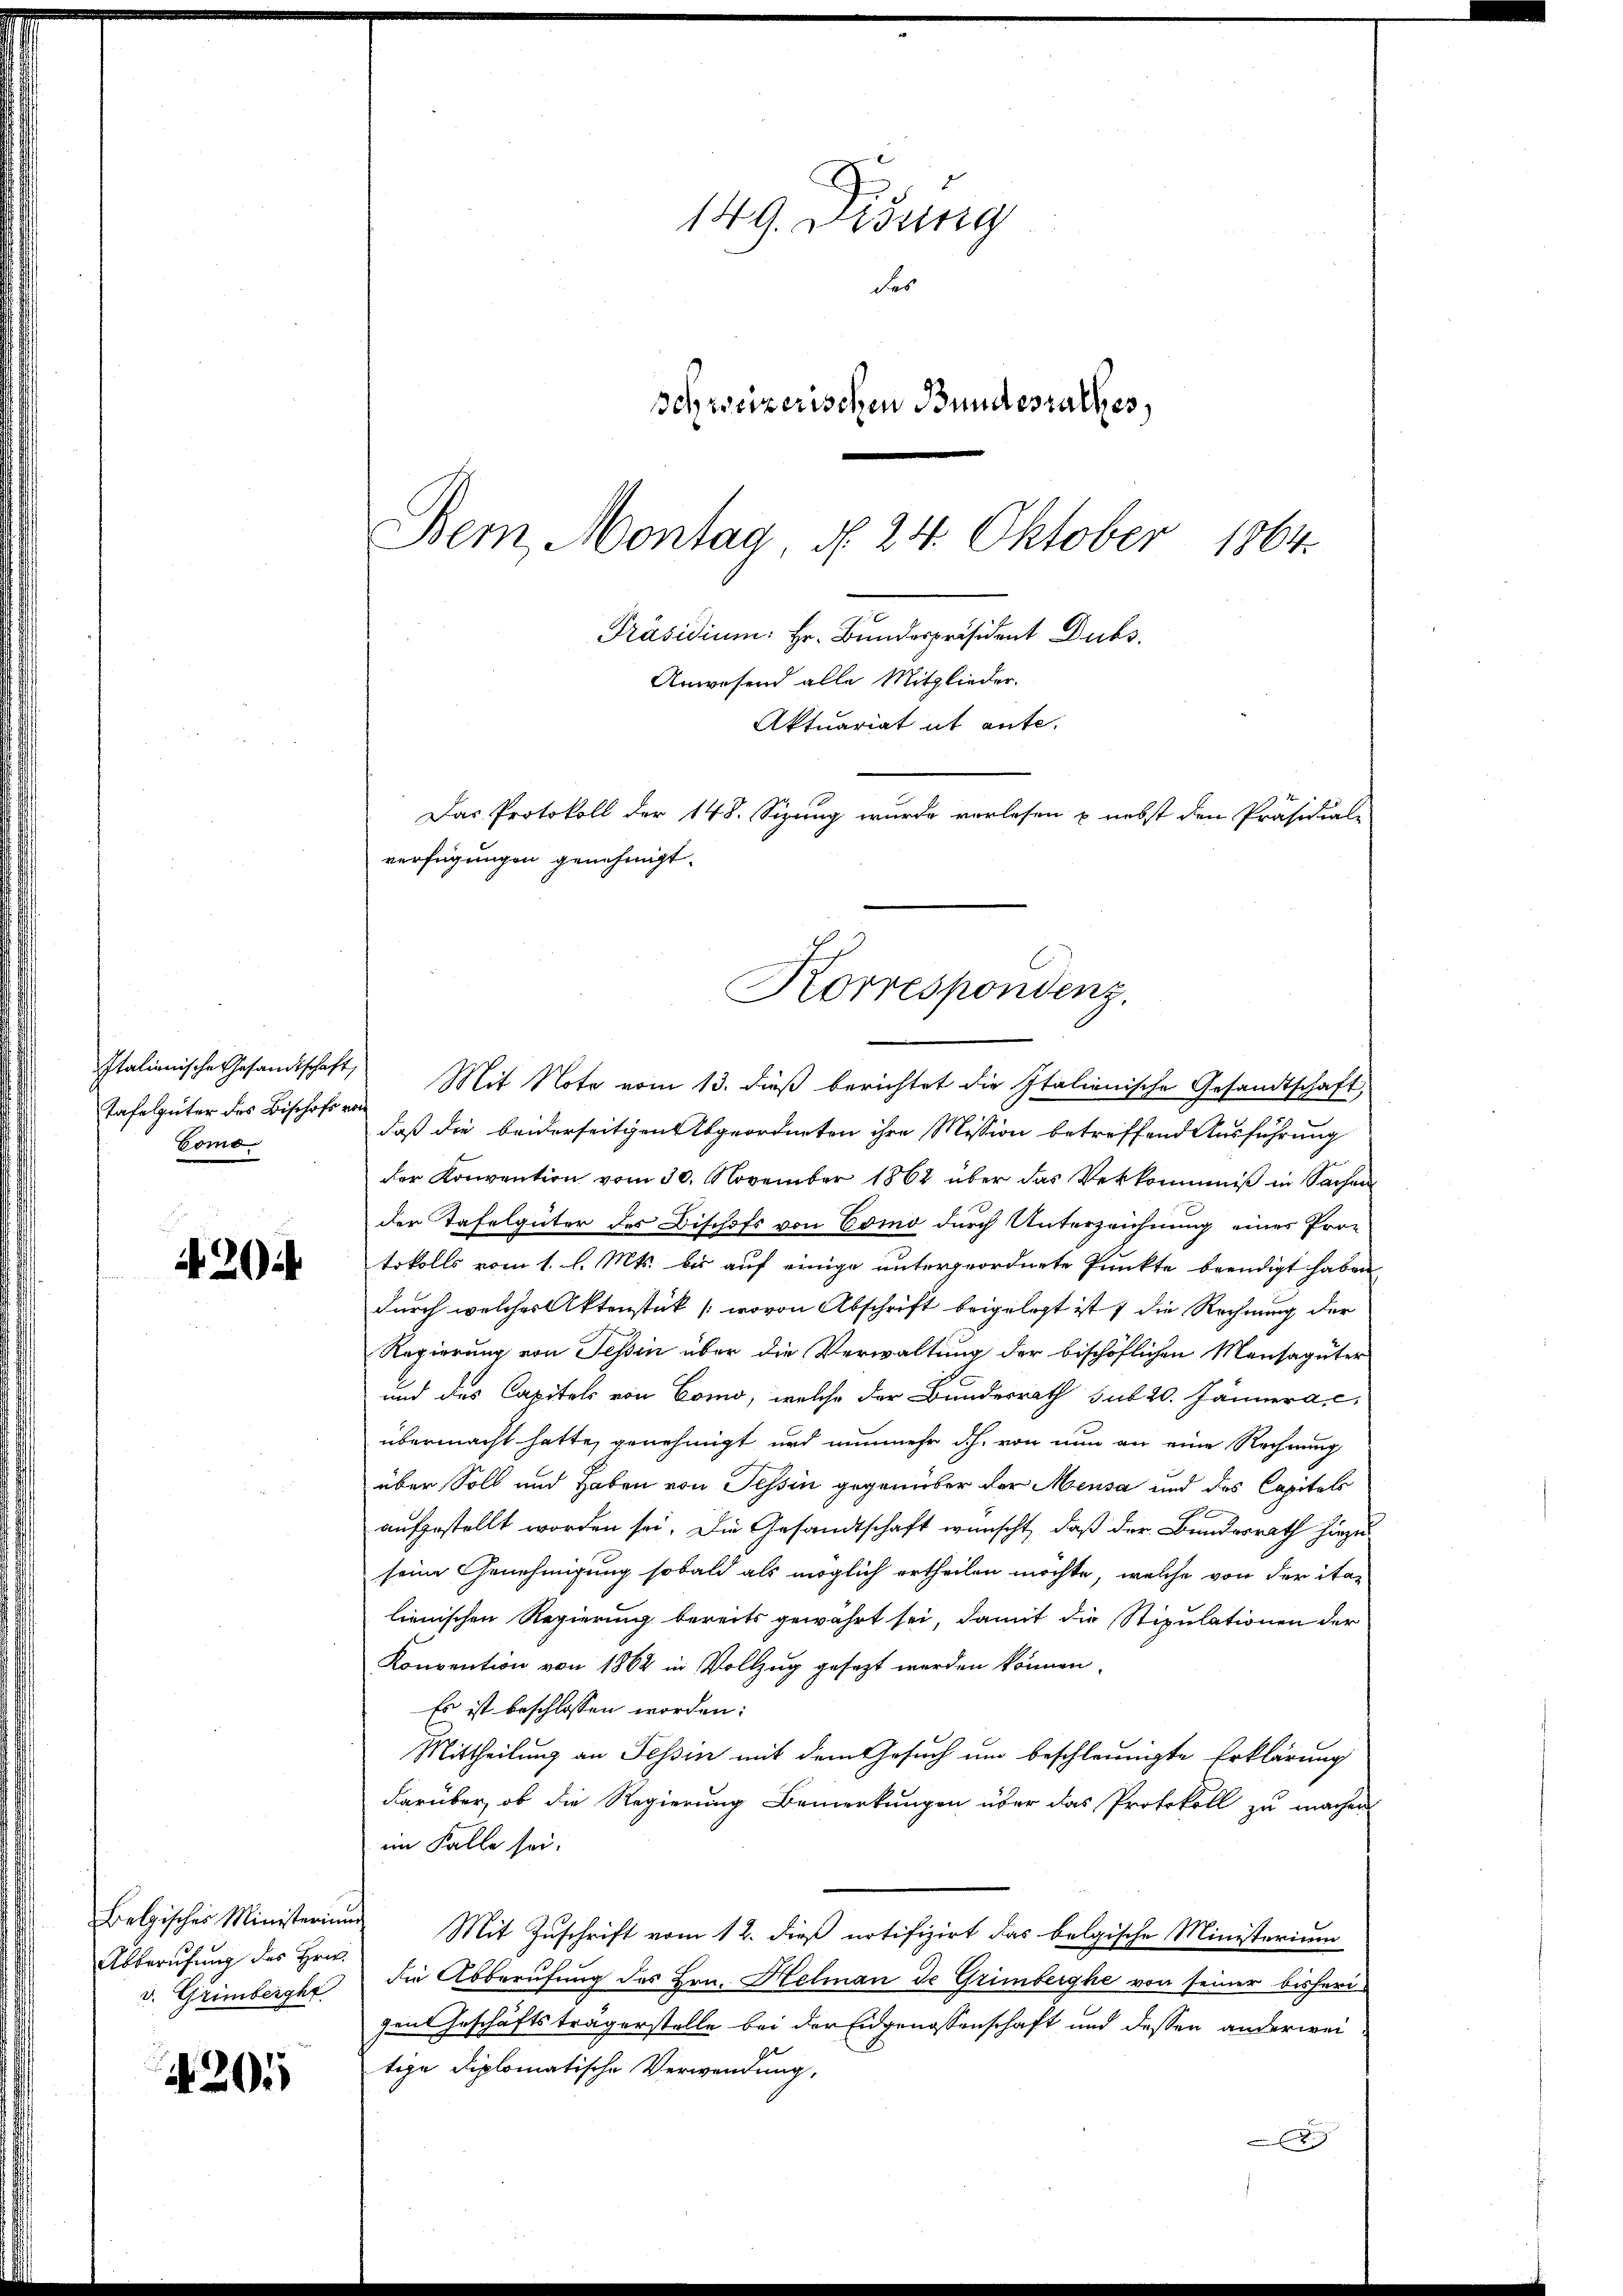
tafelgüter des Bischofs von
Como

420

Belgischer Ministerium
Abberufung des Hrn.
v. Grimberghe

201

149. Didung
des
schweizerischen Bundesrathes,
Bem, Montag §. 24. Oktober
1864.
Präsidium. Hr. Bunderpräsident Dubs,
Anwesend alle Mitglieder.
Aktuariat it ente.
Das Protokoll der 148. Sizung wurde vorlesen & nebst den Präsidial-
verfügungen genehmigt.

Italionische Gesandtschaft, Mit Note vom 13. dieß berichtet die Italienische Gesandtschaft,
daß die beiderseitigen Abgeordneten ihre Mission betreffend Ausführung
der Konvention vom 30. November 1862 über das Verkommniß in Sachen
der Tafelgüter des Bischofs von Como durch Unterzeichnung einer Protokolls vom 1. l. Mts. bis auf einige untergeordnete Punkte beendigt haben
durch welches Aktenstük (wovon Abschrift beigelegt ist) die Rechnung der
Regierung von Tessin über die Verwaltung der bischöflichen Mansagüter
und des Capitels von Como, welche der Bundesrath sub 20. Jännera c.
übermacht hatte, genehmigt und nunmehr dh. von nun an eine Rechnung
über Soll und haben von Tessin gegenüber der Mensa und des Capitals
x
aufgestellt worden sei. Die Gesandtschaft wünscht, daß der Bundesrath hiezuseine Genehmigung sobald als möglich ertheilen möchte, welche von der ita-
lienischen Regierung bereits gewährt sei, damit die Stipulationen der
Konvention von 1862 in Vollzug gesezt werden können.
Es ist beschlossen worden:
Mittheilung an Tessin mit dem Gesuch um beschleunigte Erklärung
darüber, ob die Regierung Bemerkungen über das Protokoll zu machen
im Falle sei.
Mit Zuschrift vom 12. dieß notifizirt das belgische Ministerium
die Abberufung des Hrn. Helman de Grimberghe von seiner bisheri-
gen Geschäftsträgerstelle bei der Eidgenossenschaft und dessen anderweitige Diplomatische Verwendung,
x

Korrespondenz.